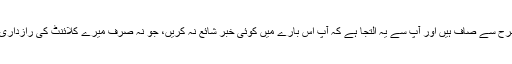
‘ اوپر دئے گئے جواب اور وضاحت کی روشنی میں سارے حقائق پوری طرح سے صاف ہیں اور آپ سے یہ التجا ہے کہ آپ اس بارے میں کوئی خبر شائع نہ کریں، جو نہ صرف میرے کلائنٹ کی رازداری پر حملہ ہوگا، بلکہ جو بدنام کرنے والا یا ہتک عزت کرنے والا بھی ہوگا۔